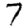
Digit: 7